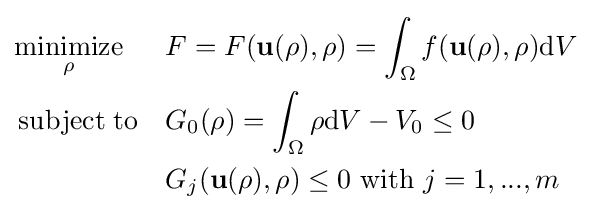
{\begin{aligned}&{\underset {\rho }{\operatorname {minimize} }}&&F=F(\mathbf {u(\rho ),\rho } )=\int _{\Omega }f(\mathbf {u(\rho ),\rho } )\mathrm {d} V\\&\operatorname {subject\;to} &&G_{0}(\rho )=\int _{\Omega }\rho \mathrm {d} V-V_{0}\leq 0\\&&&G_{j}(\mathbf {u} (\rho ),\rho )\leq 0{\text{ with }}j=1,...,m\end{aligned}}